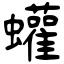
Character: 蠸